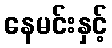
နေမင်းနှင့်